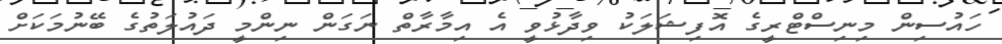
ހައުސިން މިނިސްޓްރީގެ އޮފިޝަލަކު ވިދާޅުވީ އެ އިމާރާތް ނަގަން ނިންމީ ދައުލަތުގެ ބޭނުމަކަށް